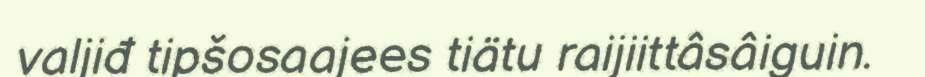
valjiđ tipšosaajees tiätu raijiittâsâiguin.